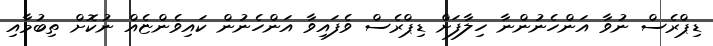
ޑިޕްރެސް ނުވާ އަންހެނުންނާ ހިލާފަށް ޑިޕްރެސް ވެފައިވާ އަންހެނުން ކައިވެންޏެއް ނުކޮށް ތިބުމާއި